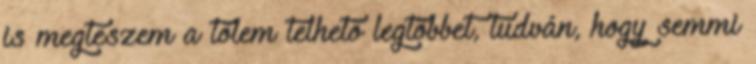
is megteszem a tőlem telhető legtöbbet, tudván, hogy semmi